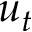
u _ { t }